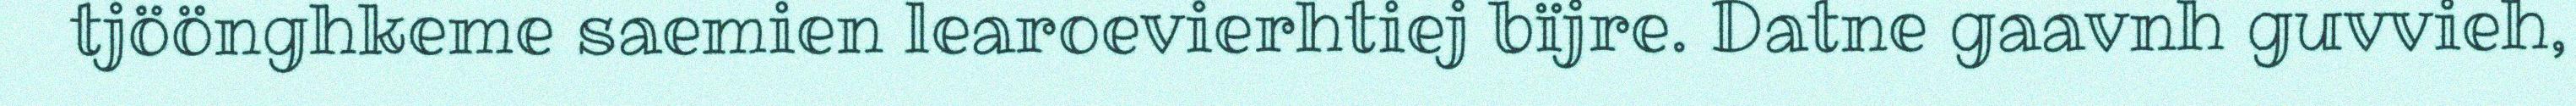
tjöönghkeme saemien learoevierhtiej bïjre. Datne gaavnh guvvieh,